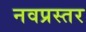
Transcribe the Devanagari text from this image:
नवप्रस्तर